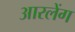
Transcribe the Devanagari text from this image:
आरलेंग